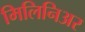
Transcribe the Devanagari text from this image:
मिलिनिअर